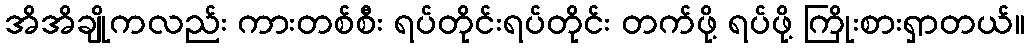
အိအိချိုကလည်း ကားတစ်စီး ရပ်တိုင်းရပ်တိုင်း တက်ဖို့ ရပ်ဖို့ ကြိုးစားရှာတယ်။